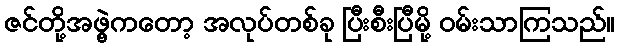
ဇင်တို့အဖွဲ့ကတော့ အလုပ်တစ်ခု ပြီးစီးပြီမို့ ဝမ်းသာကြသည်။